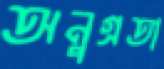
অনুগ্রতা